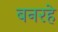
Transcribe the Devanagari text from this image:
बनरहे